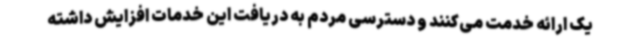
یک ارائه خدمت می‌کنند و دسترسی مردم به دریافت این خدمات افزایش داشته